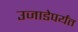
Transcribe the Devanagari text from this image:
उजाडेपर्यंत